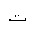
Letter: _ta